Annual administration report of the Civil Veterinary Department of India - 1908-1909
Year: 1908
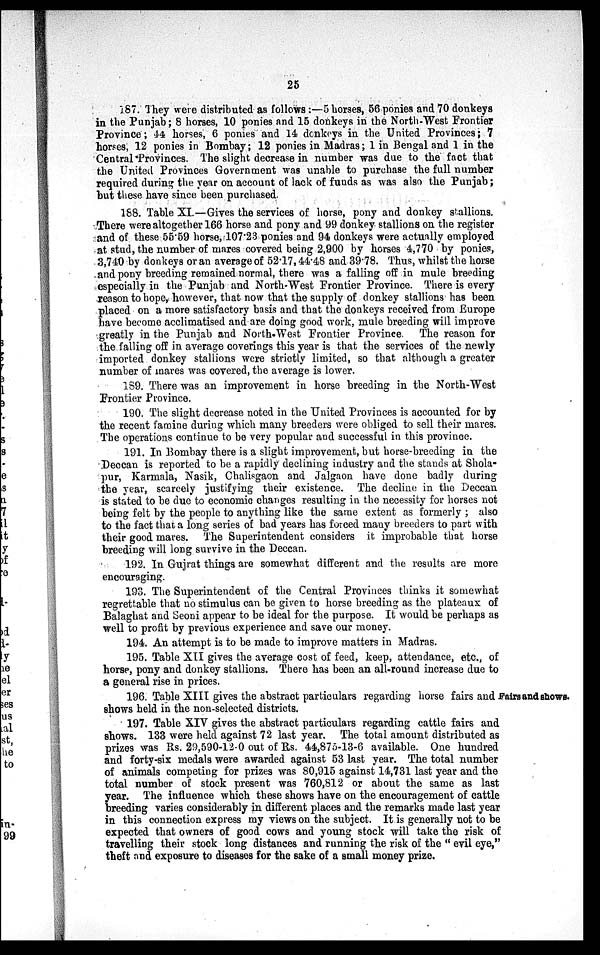
25
187. They were distributed as follows:—5 horses, 56 ponies and 70 donkeys
in the Punjab; 8 horses, 10 ponies and 15 donkeys in the North-West Frontier
Province; 44 horses, 6 ponies and 14 donkeys in the United Provinces; 7
horses, 12 ponies in Bombay; 12 ponies in Madras; 1 in Bengal and 1 in the
Central Provinces. The slight decrease in number was due to the fact that
the United Provinces Government was unable to purchase the full number
required during the year on account of lack of funds as was also the Punjab;
but these have since been purchased.
188. Table XI.—Gives the services of horse, pony and donkey stallions.
There were altogether 166 horse and pony and 99 donkey stallions on the register
and of these 55.59 horse, 107.23 ponies and 94 donkeys were actually employed
at stud, the number of mares covered being 2,900 by horses 4,770 by ponies,
3,740 by donkeys or an average of 52.17, 44.48 and 39.78. Thus, whilst the horse
and pony breeding remained normal, there was a falling off in mule breeding
especially in the Punjab and North-West Frontier Province. There is every
reason to hope, however, that now that the supply of donkey stallions' has been
placed on a more satisfactory basis and that the donkeys received from Europe
have become acclimatised and are doing good work, mule breeding will improve
greatly in the Punjab and North-West Frontier Province. The reason for
the falling off in average coverings this year is that the services of the newly
imported donkey stallions were strictly limited, so that although a greater
number of mares was covered, the average is lower.
189. There was an improvement in horse breeding in the North-West
Frontier Province.
190. The slight decrease noted in the United Provinces is accounted for by
the recent famine during which many breeders were obliged to sell their mares.
The operations continue to be very popular and successful in this province.
191. In Bombay there is a slight improvement, but horse-breeding in the
Deccan is reported to be a rapidly declining industry and the stands at Shola-
pur, Karmala, Nasik, Chalisgaon and Jalgaon have done badly during
the year, scarcely justifying their existence. The decline in the Deccan
is stated to be due to economic changes resulting in the necessity for horses not
being felt by the people to anything like the same extent as formerly; also
to the fact that a long series of bad years has forced many breeders to part with
their good mares. The Superintendent considers it improbable that horse
breeding will long survive in the Deccan.
192. In Gujrat things are somewhat different and the results are more
encouraging.
193. The Superintendent of the Central Provinces thinks it somewhat
regrettable that no stimulus can be given to horse breeding as the plateaux of
Balaghat and Seoni appear to be ideal for the purpose. It would be perhaps as
well to profit by previous experience and save our money.
194. An attempt is to be made to improve matters in Madras.
195. Table XII gives the average cost of feed, keep, attendance, etc., of
horse, pony and donkey stallions. There has been an all-round increase due to
a general rise in prices.
Fairs and shows.
196. Table XIII gives the abstract particulars regarding horse fairs and
shows held in the non-selected districts.
197. Table XIV gives the abstract particulars regarding cattle fairs and
shows. 133 were held against 72 last year. The total amount distributed as
prizes was Rs. 29,590-12-0 out of Rs. 44,875-13-6 available. One hundred
and forty-six medals were awarded against 53 last year. The total number
of animals competing for prizes was 80,915 against 14,731 last year and the
total number of stock present was 760,812 or about the same as last
year. The influence which these shows have on the encouragement of cattle
breeding varies considerably in different places and the remarks made last year
in this connection express my views on the subject. It is generally not to be
expected that owners of good cows and young stock will take the risk of
travelling their stock long distances and running the risk of the "evil eye,"
theft and exposure to diseases for the sake of a small money prize.